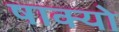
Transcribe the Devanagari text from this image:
षाक्यो